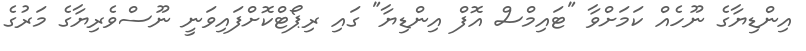
އިންޑިޔާގެ ނޫހެއް ކަމަށްވާ "ޓައިމްސް އޮފް އިންޑިޔާ" ގައި ރިޕޯޓްކޮށްފައިވަނީ ނޫސްވެރިޔާގެ މަރުގެ